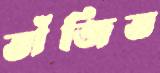
ভাঁজিত